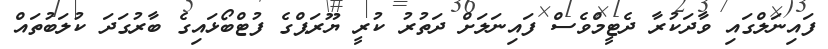
ފައިނަލްގައި ވާދަކުރާ ދެޓީމްވެސް ފައިނަލަށް ދަތުރު ކުރީ ޔޫރަޕްގެ ފުޓްބޯޅައިގެ ބާރުގަދަ ކުލަބުތައް